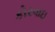
કોરવાઇ